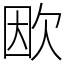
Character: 欭